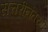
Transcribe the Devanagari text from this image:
सत्तरीनंतरही